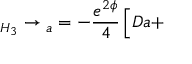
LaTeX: \L _ { H _ { 3 } } \to \L _ { a } = - \frac { e ^ { 2 \phi } } { 4 } \, \Big [ D a +